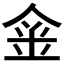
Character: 𨥄